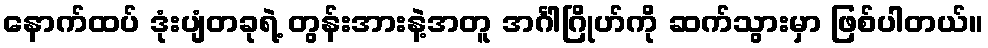
နောက်ထပ် ဒုံးပျံတခုရဲ့ တွန်းအားနဲ့အတူ အင်္ဂါဂြိုဟ်ကို ဆက်သွားမှာ ဖြစ်ပါတယ်။